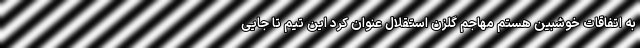
به اتفاقات خوشبین هستم مهاجم گلزن استقلال عنوان کرد این تیم تا جایی